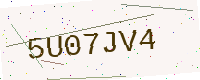
Text: 5U07JV4